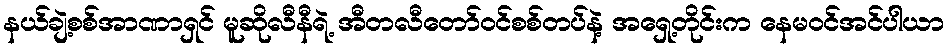
နယ်ချဲ့စစ်အာဏာရှင် မူဆိုလီနီရဲ့ အီတလီတော်ဝင်စစ်တပ်နဲ့ အရှေ့တိုင်းက နေမဝင်အင်ပါယာ